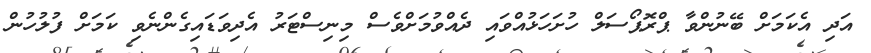
އަދި އެކަމަށް ބޭނުންވާ ޕްރޮޕޯސަލް ހުށަހަޅުއްވައި ދެއްވުމަށްވެސް މިނިސްޓަރު އެދިވަޑައިގެންނެވި ކަމަށް ފުލުހުން